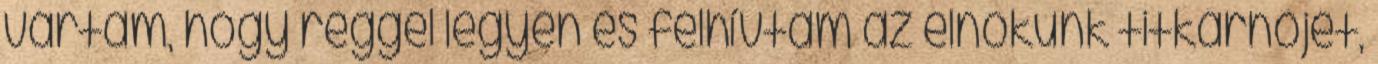
vártam, hogy reggel legyen és felhívtam az elnökünk titkárnőjét,